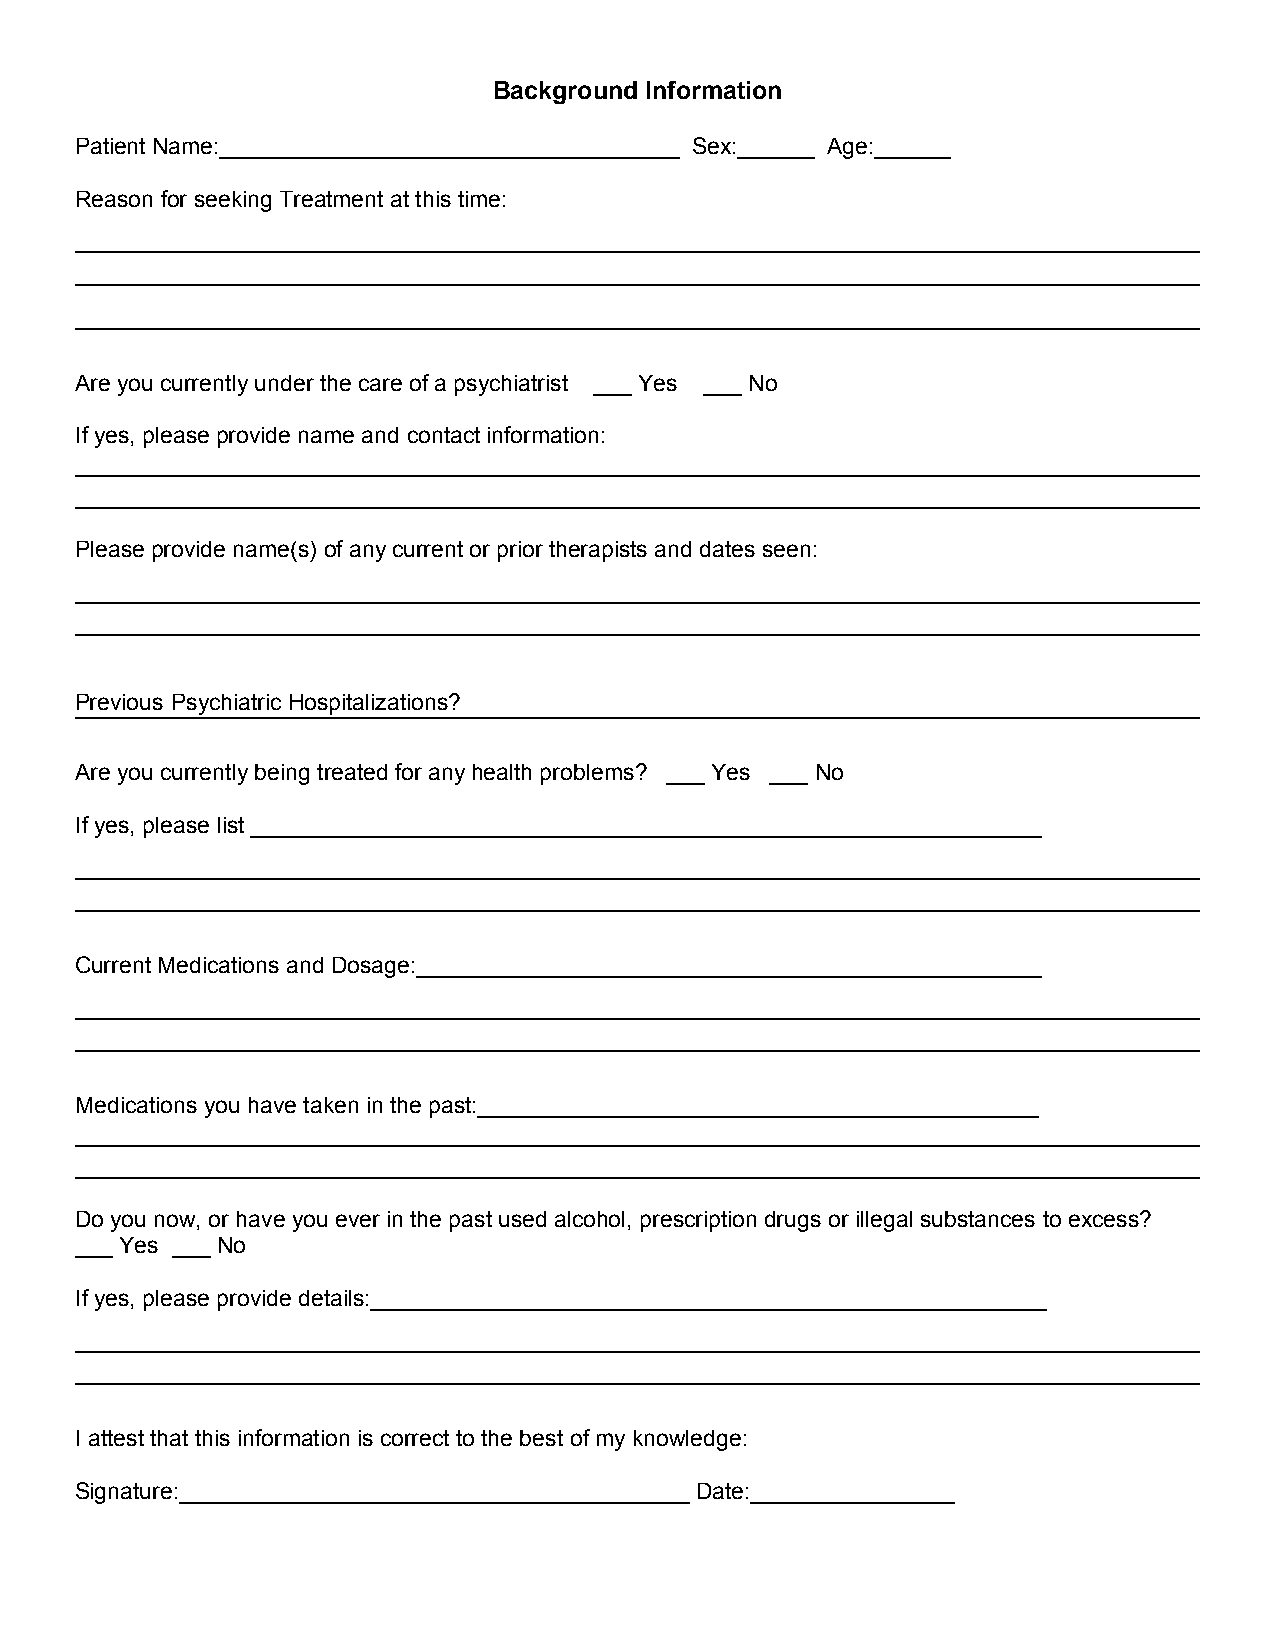
Background Information
 Patient Name:____________________________________ Sex:______ Age:______
 Reason for seeking Treatment at this time:
 Are you currently under the care of a psychiatrist ___ Yes ___ No
 If yes, please provide name and contact information:
 Please provide name(s) of any current or prior therapists and dates seen:
 Previous Psychiatric Hospitalizations?
 Are you currently being treated for any health problems? ___ Yes ___ No
 If yes, please list ______________________________________________________________
 Current Medications and Dosage:_________________________________________________
 Medications you have taken in the past:____________________________________________
 Do you now, or have you ever in the past used alcohol, prescription drugs or illegal substances to excess?
 ___ Yes ___ No
 If yes, please provide details:_____________________________________________________
 I attest that this information is correct to the best of my knowledge:
 Signature:________________________________________ Date:________________